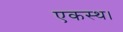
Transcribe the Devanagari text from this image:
एकस्थ।